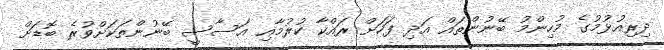
ދިރިއުޅުމުގެ މުހިންމު ބޭނުންތައް އަދި ފަހަށް ރައްކާ ކުރުމާއި އަސާސީ ބޭނުންތަކަށްވުރެ ބޮޑަށް